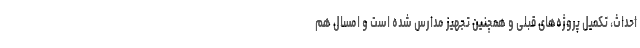
احداث، تکمیل پروژه‌های قبلی و همچنین تجهیز مدارس شده است و امسال هم